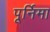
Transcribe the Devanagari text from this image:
पूर्निमा